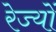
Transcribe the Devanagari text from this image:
रेज्यों